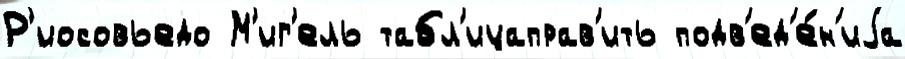
Р'иосовьедо М'иг'ель табл'ицаправ'ить подв'ед'е́н'иjа